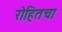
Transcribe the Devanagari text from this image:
रोहितचा